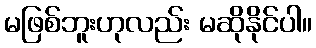
မဖြစ်ဘူးဟုလည်း မဆိုနိုင်ပါ။